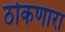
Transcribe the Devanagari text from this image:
ठोकणारा